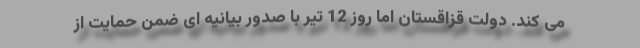
می کند. دولت قزاقستان اما روز 12 تیر با صدور بیانیه ای ضمن حمایت از